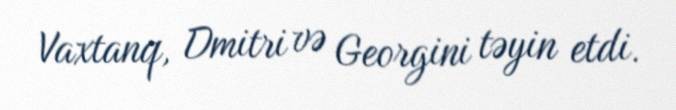
Vaxtanq, Dmitri və Georgini təyin etdi.